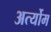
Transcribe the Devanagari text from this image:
अर्त्योम